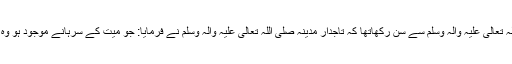
نیز سیدہ رضی اللہ تعالیٰ عنہا فرماتی ہیں کہ میں نے آقا ئے دو جہاں صلی اللہ تعالیٰ علیہ واٰلہ وسلم سے سن رکھاتھا کہ تاجدار مدینہ صلی اللہ تعالیٰ علیہ واٰلہ وسلم نے فرمایا: جو میت کے سرہانے موجود ہو وہ اچھی دعا مانگے اس وقت جو بھی دعا مانگی جائے فرشتے آمین کہتے ہیں۔